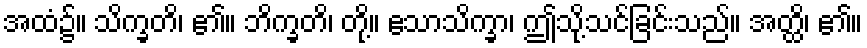
အထံ၌။ သိက္ခတိ၊ ၏။ ဘိက္ခတိ၊ တို့။ ဧသာသိက္ခာ၊ ဤသို့သင်ခြင်းသည်။ အတ္ထိ၊ ၏။